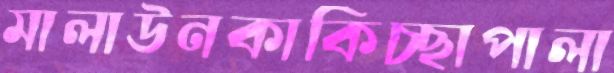
মালাউনকাকিচ্ছাপালা